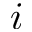
\romannumeral 1